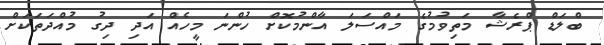
ބްލަޑް ޕްރެޝާ މަތިވުމުގެ މައްސަލަ އާންމުކޮށް ހުންނަ މީހެއް އަދި ދިގު މުއްދަތަކަށް